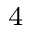
^ 4